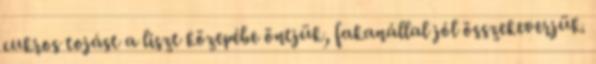
cukros tojást a liszt közepébe öntjük, fakanállal jól összekeverjük.